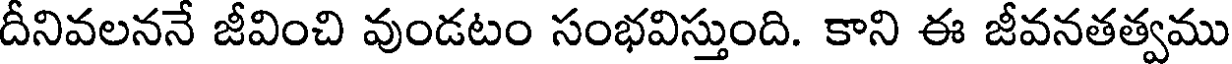
దీనివలననే జీవించి వుండటం సంభవిస్తుంది. కాని ఈ జీవనతత్వము